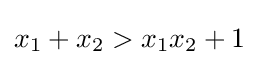
x_{1}+x_{2}>x_{1}x_{2}+1